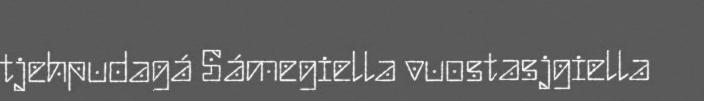
tjehpudagá Sámegiella vuostasjgiella